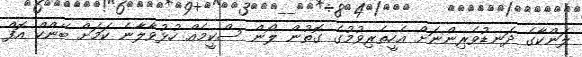
ލަންކާގެ ދަނޑުވެރިންނަށް އެހީތެރިވުމުގެ ގޮތުން ލޯން ސްކީމެއް ހުޅުވާލާނެ ކަމަށް ބޭންކް އޮފް